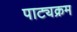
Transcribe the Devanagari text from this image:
पाट्यक्रम